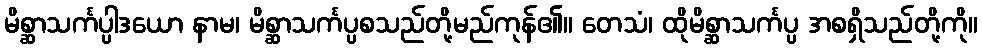
မိစ္ဆာသင်္ကပ္ပါဒယော နာမ၊ မိစ္ဆာသင်္ကပ္ပစသည်တို့မည်ကုန်၏။ တေသံ၊ ထိုမိစ္ဆာသင်္ကပ္ပ အစရှိသည်တို့ကို။